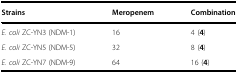
| Strains | Meropenem | Combination |
 | --- | --- | --- |
 | E. coli ZC-YN3 (NDM-1) | 16 | 4 (4) |
 | E. coli ZC-YN5 (NDM-5) | 32 | 8 (4) |
 | E. coli ZC-YN7 (NDM-9) | 64 | 16 (4) |